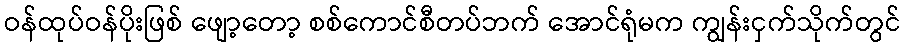
ဝန်ထုပ်ဝန်ပိုးဖြစ် ဖျော့တော့ စစ်ကောင်စီတပ်ဘက် အောင်ရုံမက ကျွန်းငှက်သိုက်တွင်